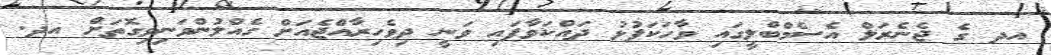
އދ ގެ ޖެނެރަލް އެސެމްބްލީގައި ވާހަކަފުޅު ދައްކަވާފައި ވަނީ ދިވެހިރާއްޖެއަށް ގެއްލުންވަނިވިގޮތަށް އދ.